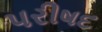
પરીષદ